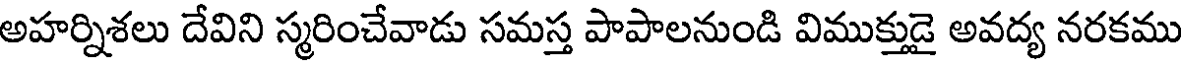
అహర్నిశలు దేవిని స్మరించేవాడు సమస్త పాపాలనుండి విముక్తుడై అవద్య నరకము